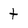
Character: t